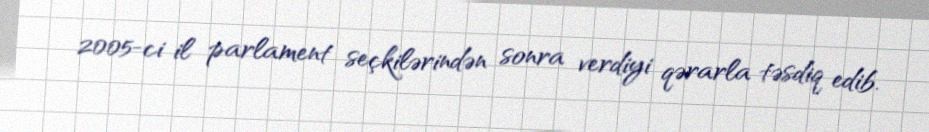
2005-ci il parlament seçkilərindən sonra verdiyi qərarla təsdiq edib.